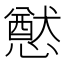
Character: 𭟂